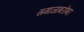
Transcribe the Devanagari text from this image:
समाजाबरोबर